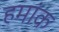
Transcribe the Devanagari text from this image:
हमांक